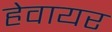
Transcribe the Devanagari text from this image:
हेवायर